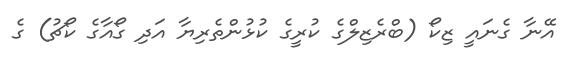
އޭނާ ގެނައީ ޒިކޯ (ބްރެޒިލްގެ ކުރީގެ ކުޅުންތެރިޔާ އަދި ގޯއާގެ ކޯޗު) ގެ